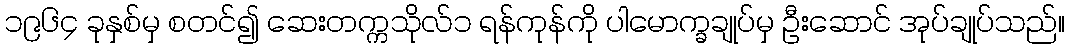
၁၉၆၄ ခုနှစ်မှ စတင်၍ ဆေးတက္ကသိုလ်၁ ရန်ကုန်ကို ပါမောက္ခချုပ်မှ ဦးဆောင် အုပ်ချုပ်သည်။